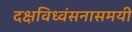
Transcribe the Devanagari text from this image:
दक्षविध्वंसनासमयी